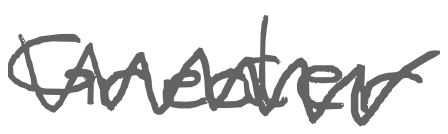
Text: Greater
Cross-out: zig-zag
Writing tool: digital_gray